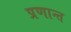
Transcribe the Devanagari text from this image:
प्रणान्त